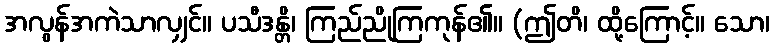
အလွန်အကဲသာလျှင်။ ပသီဒန္တိ၊ ကြည်ညိုကြကုန်၏။ (ဤတိ၊ ထို့ကြောင့်။ သော၊